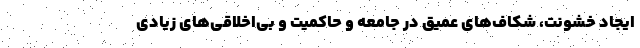
ایجاد خشونت، شکاف‌های عمیق در جامعه و حاکمیت و بی‌اخلاقی‌های زیادی